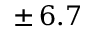
\pm \, 6 . 7